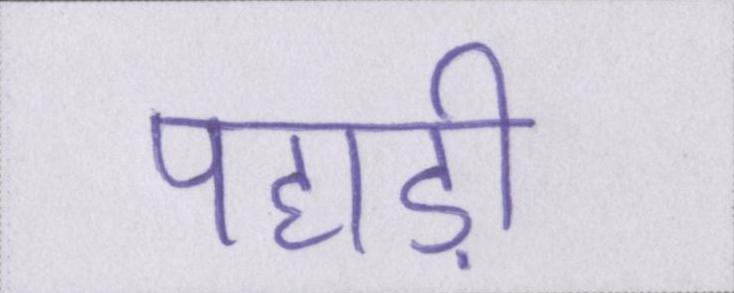
पहाड़ी